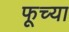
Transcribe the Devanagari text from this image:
फूच्या